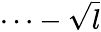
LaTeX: \cdots-\sqrt{l}